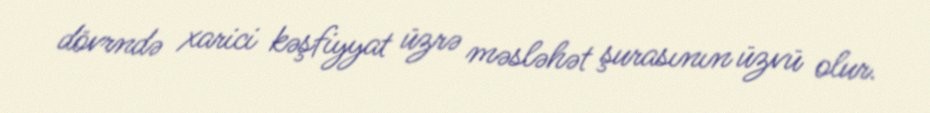
dövrndə xarici kəşfiyyat üzrə məsləhət şurasının üzvü olur.